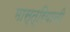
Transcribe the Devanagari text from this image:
मास्त्रियानी